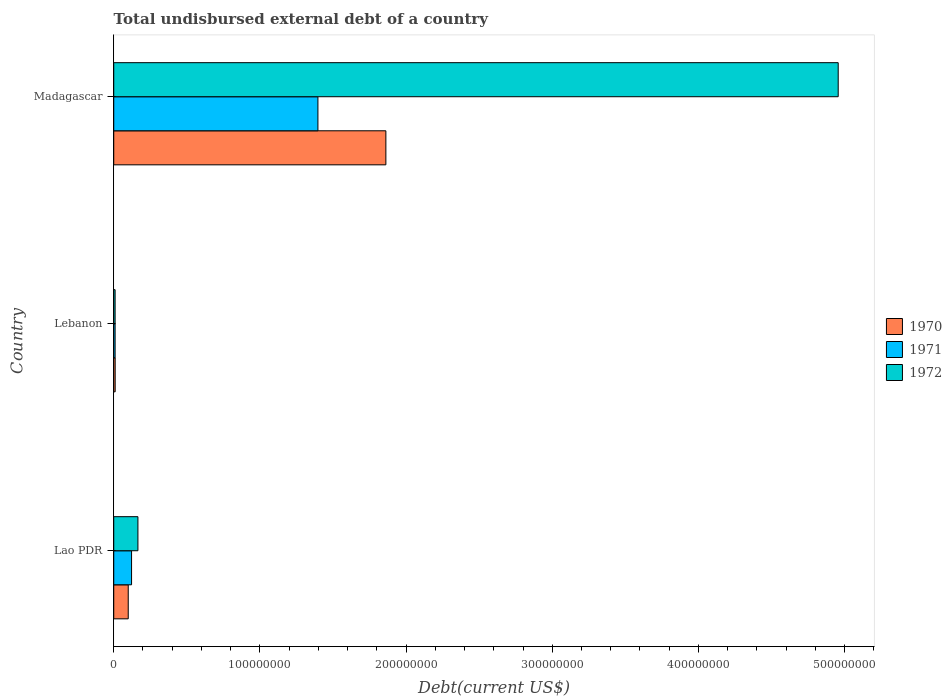
| Country | 1970 | 1971 | 1972 |
 | --- | --- | --- | --- |
 | Lao PDR | 9.92e+06 | 1.22e+07 | 1.65e+07 |
 | Lebanon | 9.8e+05 | 9.32e+05 | 9.32e+05 |
 | Madagascar | 1.86e+08 | 1.4e+08 | 4.96e+08 |